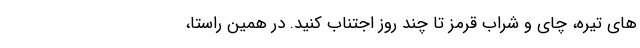
های تیره، چای و شراب قرمز تا چند روز اجتناب کنید. در همین راستا،